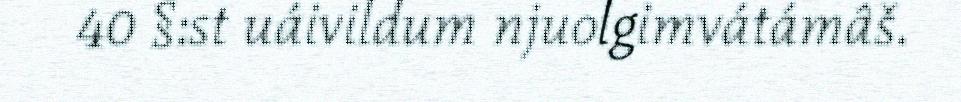
40 §:st uáivildum njuolgimvátámâš.